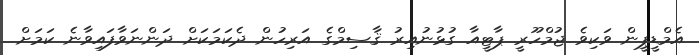
އެމްޑީޕީން ވަކިވެ ޖުމްހޫރީ ޕާޓީއާ ގުޅުނުއިރު ޤާސިމްގެ އަރިހުން ދެކަމަކަށް ދަންނަވާފައިވާނެ ކަމަށް